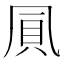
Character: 𠙒